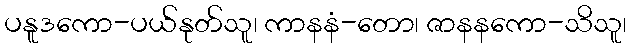
ပနူဒကော-ပယ်နုတ်သူ၊ ကာနနံ-တော၊ ဇာနနကော-သိသူ၊